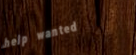
help wanted